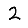
Digit: 2